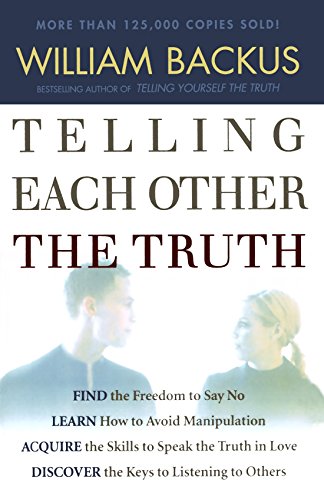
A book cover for Telling Each Other the Truth; William Backus; Christian Books & Bibles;